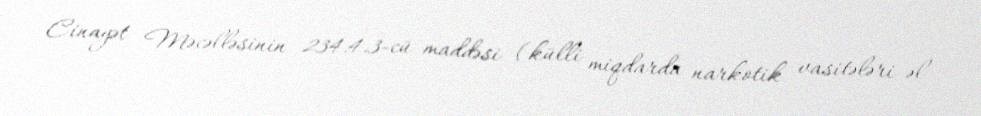
Cinayət Məcəlləsinin 234.4.3-cü maddəsi (külli miqdarda narkotik vasitələri əl